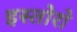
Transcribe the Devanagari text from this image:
इस्तोरो